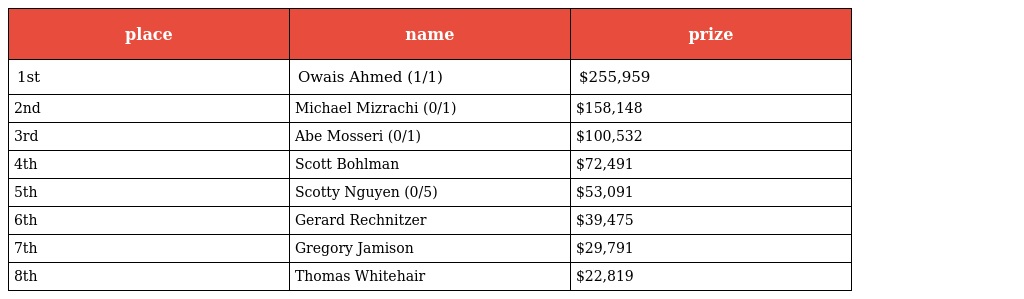
| place | name | prize |
 | --- | --- | --- |
 | 1st | Owais Ahmed (1/1) | $255,959 |
 | 2nd | Michael Mizrachi (0/1) | $158,148 |
 | 3rd | Abe Mosseri (0/1) | $100,532 |
 | 4th | Scott Bohlman | $72,491 |
 | 5th | Scotty Nguyen (0/5) | $53,091 |
 | 6th | Gerard Rechnitzer | $39,475 |
 | 7th | Gregory Jamison | $29,791 |
 | 8th | Thomas Whitehair | $22,819 |